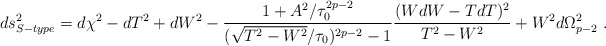
\begin{align*}ds^2_{S-type} = d\chi^2 - dT^2 + dW^2 -\frac{1+A^2/\tau_0^{2p-2}}{(\sqrt{T^2-W^2}/\tau_0)^{2p-2} -1}\frac{(WdW-TdT)^2}{T^2-W^2} + W^2 d\Omega^2_{p-2} \ .\end{align*}